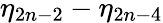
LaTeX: \eta_{2n-2}-\eta_{2n-4}